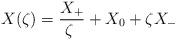
LaTeX: \begin{align*} X(\zeta) = \frac{X_+}{\zeta \ } + X_0 + \zeta X_-\end{align*}